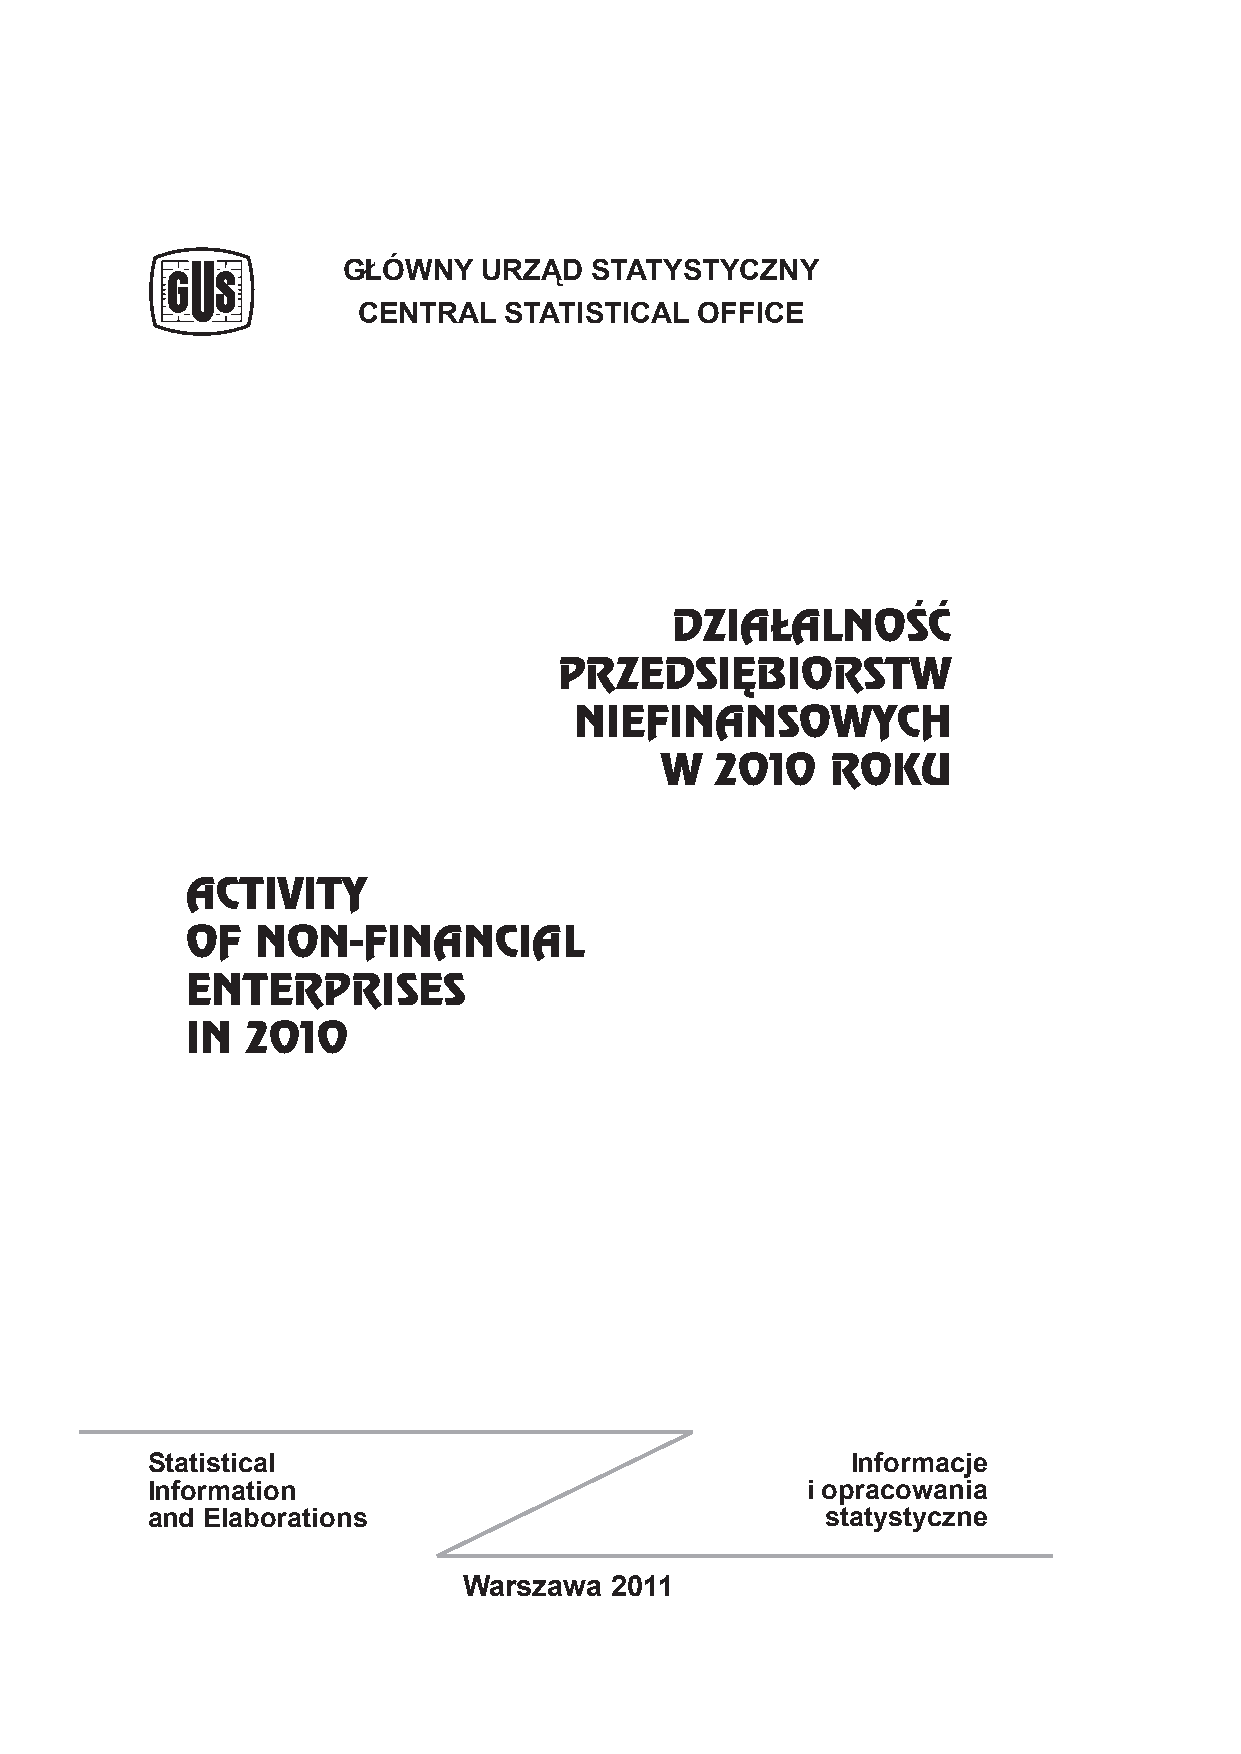
GŁÓWNY   URZĄD  STATYSTYCZNY
 CENTRAL  STATISTICAL  OFFICE
 DZIAŁALNOŚĆ
 PRZEDSIĘBIORSTW
 NIEFINANSOWYCH
 W  2010    ROKU
 ACTIVITY
 OF   NON-FINANCIAL
 ENTERPRISES
 IN  2010
 Statistical                                   Informacje
 Information                                i opracowania
 and Elaborations                             statystyczne
 Warszawa 2011